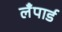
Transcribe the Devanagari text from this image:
लँपार्ड